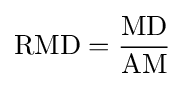
\mathrm {RMD} ={\frac {\mathrm {MD} }{\mathrm {AM} }}